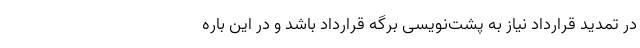
در تمدید قرارداد نیاز به پشت‌نویسی برگه قرارداد باشد و در این باره